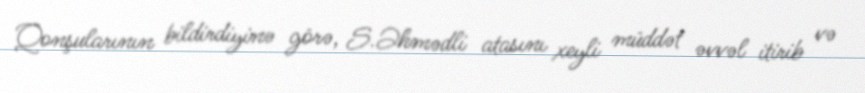
Qonşularının bildirdiyinə görə, S.Əhmədli atasını xeyli müddət əvvəl itirib və